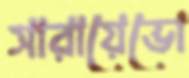
সারায়েভো